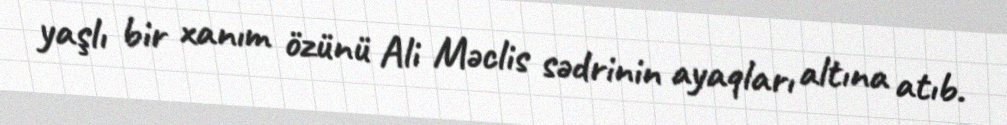
yaşlı bir xanım özünü Ali Məclis sədrinin ayaqları altına atıb.